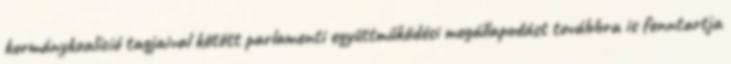
kormánykoalíció tagjaival kötött parlamenti együttműködési megállapodást továbbra is fenntartja